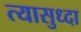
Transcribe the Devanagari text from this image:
त्यासुध्दा